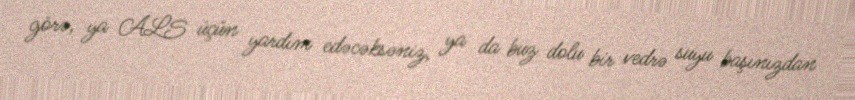
görə, ya ALS üçün yardım edəcəksəniz, ya da buz dolu bir vedrə suyu başınızdan